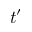
t ^ { \prime }